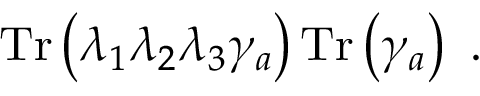
\mathrm { T r } \left( \lambda _ { 1 } \lambda _ { 2 } \lambda _ { 3 } \gamma _ { a } \right) \mathrm { T r } \left( \gamma _ { a } \right) ~ .